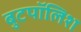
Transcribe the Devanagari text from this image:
बुटपॉलिश